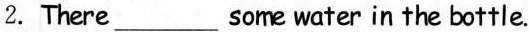
2.There ___ some water in the bottle.